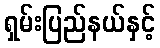
ရှမ်းပြည်နယ်နှင့်